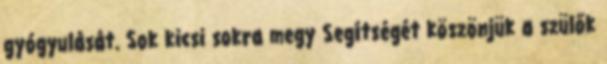
gyógyulását. Sok kicsi sokra megy Segítségét köszönjük a szülők